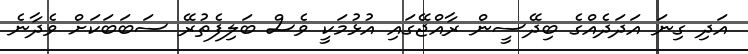
އަދި ގިނަ އަދަދެއްގެ ބިދޭސީން ރާއްޖޭގައި އުޅުމަކީ ވެސް ބަލިފެތުރޭ ސަބަބަކަށް ވެދާނެ